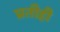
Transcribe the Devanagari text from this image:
प्रतीही